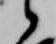
候